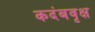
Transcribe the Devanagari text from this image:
कदंबवृक्ष